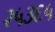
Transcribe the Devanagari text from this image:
२५३६५